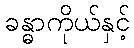
ခန္ဓာကိုယ်နှင့်